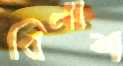
বিনাশ